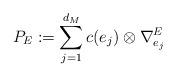
LaTeX: \begin{align*}P_E := \sum_{j=1}^{d_M} c(e_j) \otimes \nabla^{E}_{e_j}\end{align*}